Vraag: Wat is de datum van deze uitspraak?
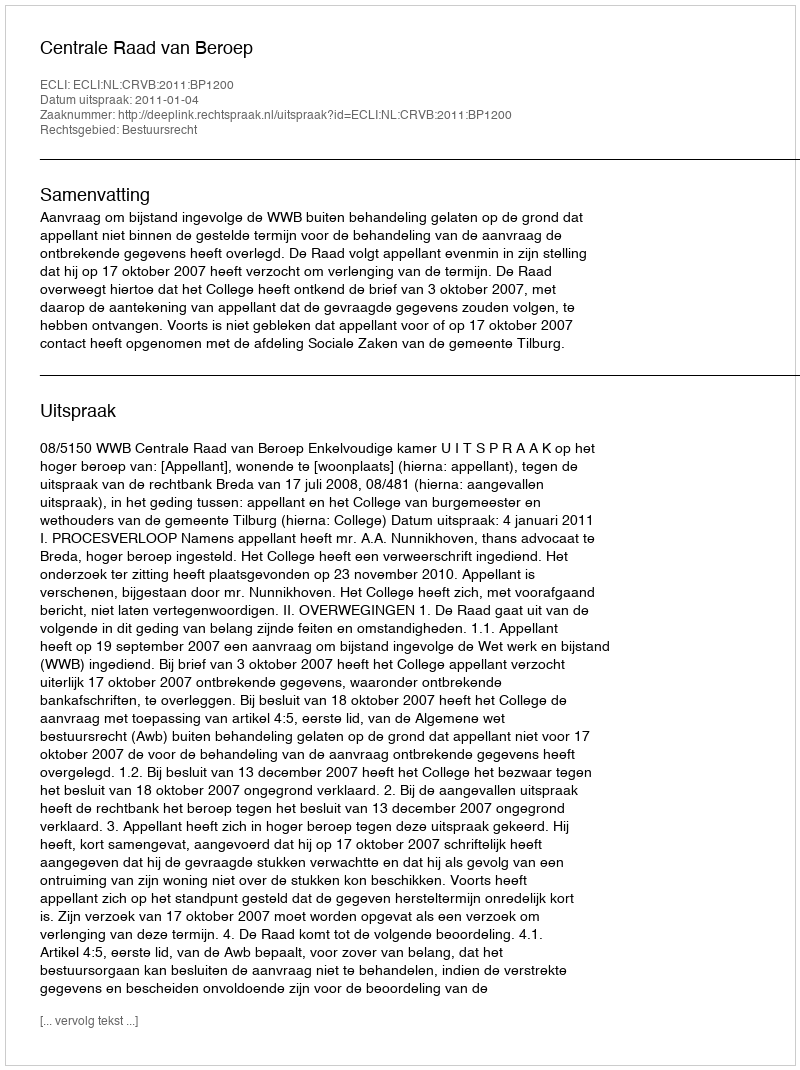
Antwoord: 2011-01-04